Annual statistical returns and brief notes on vaccination in Bengal - 1896-1909
Year: 1896
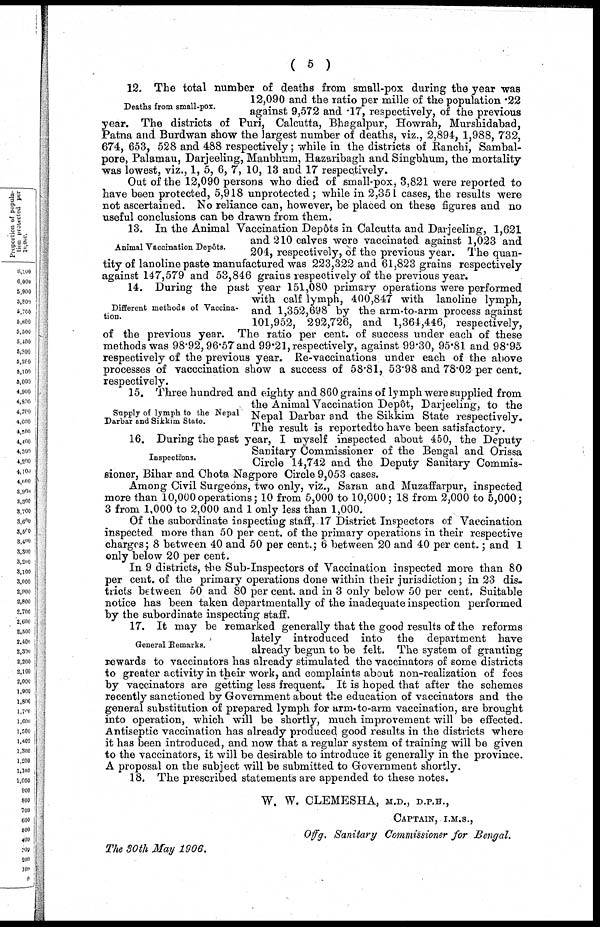
( 5 )
Deaths from small-pox.
12. The total number of deaths from small-pox during the year was
12,090 and the ratio per mille of the population .22
against 9,572 and .17, respectively, of the previous
year. The districts of Puri, Calcutta, Bhagalpur, Howrah, Murshidabad,
Patna and Burdwan show the largest number of deaths, viz., 2,894, 1,988, 732,
674, 653, 528 and 488 respectively; while in the districts of Ranchi, Sambal¬
pore, Palamau, Darjeeling, Manbhum, Hazaribagh and Singbhum, the mortality
was lowest, viz., 1, 5, 6, 7, 10, 13 and 17 respectively.
Out of the 12,090 persons who died of small-pox, 3,821 were reported to
have been protected, 5,918 unprotected; while in 2,351 cases, the results were
not ascertained. No reliance can, however, be placed on these figures and no
useful conclusions can be drawn from them.
Animal Vaccination Depôts.
13. In the Animal Vaccination Depôts in Calcutta and Darjeeling, 1,621
and 210 calves were vaccinated against 1,023 and
204, respectively, of the previous year. The quan-
tity of lanoline paste manufactured was 223,322 and 61,823 grains respectively
against 147,579 and 53,846 grains respectively of the previous year.
Different methods of Vaccina-
tion.
14. During the past year 151,080 primary operations were performed
with calf lymph, 400,847 with lanoline lymph,
and 1,352,698 by the arm-to-arm process against
101,952, 292,726, and 1,364,446, respectively,
of the previous year. The ratio per cent. of success under each of these
methods was 98.92, 96.57 and 99.21, respectively, against 99.30, 95.81 and 98.95
respectively of the previous year. Re-vaccinations under each of the above
processes of vacccination show a success of 58.81, 53.98 and 78.02 per cent.
respectively.
Supply of lymph to the Nepal
Darbar and Sikkim State.
15. Three hundred and eighty and 860 grains of lymph were supplied from
the Animal Vaccination Depôt, Darjeeling, to the
Nepal Darbar and the Sikkim State respectively.
The result is reported to have been satisfactory.
Inspections.
16. During the past year, I myself inspected about 450, the Deputy
Sanitary Commissioner of the Bengal and Orissa
Circle 14,742 and the Deputy Sanitary Commis-
sioner, Bihar and Chota Nagpore Circle 9,053 cases.
Among Civil Surgeons, two only, viz., Saran and Muzaffarpur, inspected
more than 10,000 operations; 10 from 5,000 to 10,000; 18 from 2,000 to 5,000;
3 from 1,000 to 2,000 and 1 only less than 1,000.
Of the subordinate inspecting staff, 17 District Inspectors of Vaccination
inspected more than 50 per cent. of the primary operations in their respective
charges; 8 between 40 and 50 per cent.; 6 between 20 and 40 per cent.; and 1
only below 20 per cent.
In 9 districts, the Sub-Inspectors of Vaccination inspected more than 80
per cent. of the primary operations done within their jurisdiction; in 23 dis-
tricts between 50 and 80 per cent. and in 3 only below 50 per cent. Suitable
notice has been taken departmentally of the inadequate inspection performed
by the subordinate inspecting staff.
General Remarks.
17. It may be remarked generally that the good results of the reforms
lately introduced into the department have
already begun to be felt. The system of granting
rewards to vaccinators has already stimulated the vaccinators of some districts
to greater activity in their work, and complaints about non-realization of fees
by vaccinators are getting less frequent. It is hoped that after the schemes
recently sanctioned by Government about the education of vaccinators and the
general substitution of prepared lymph for arm-to-arm vaccination, are brought
into operation, which will be shortly, much improvement will be effected.
Antiseptic vaccination has already produced good results in the districts where
it has been introduced, and now that a regular system of training will be given
to the vaccinators, it will be desirable to introduce it generally in the province.
A proposal on the subject will be submitted to Government shortly.
18. The prescribed statements are appended to these notes.
W. W. CLEMESHA, M.D., D.P.H.,
CAPTAIN, I.M.S.,
Offg. Sanitary Commissioner for Bengal.
The 30th May 1906.